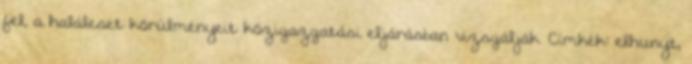
fel, a haláleset körülményeit közigazgatási eljárásban vizsgálják. Címkék: elhunyt,